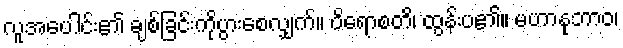
လူအပေါင်း၏ ချစ်ခြင်းကိုပွားစေလျှက်။ ဝိရောစတိ၊ ထွန်းပ၏။ မဟာနုဘာဝ၊